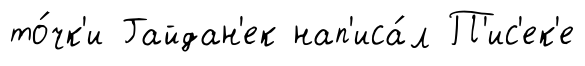
то́чк'и Гайдан'ек нап'иса́л П'ис'ек'е